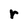
Character: r